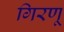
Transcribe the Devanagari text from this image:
गिरणू